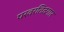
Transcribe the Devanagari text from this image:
परवरतिदगार